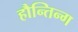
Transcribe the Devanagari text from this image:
हौन्तिन्ग